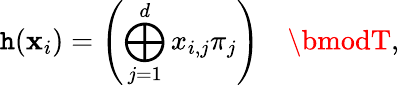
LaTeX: \mathtt{h}(\mathbf{{x}}_{i})=\left(\bigoplus_{j=1}^{d}x_{i,j}\pi_{j}\right)\quad\bmodT,